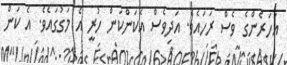
އަހަރެންގެ ވެސް ރަހައެވެ. އަދިވެސް އެކަންކަން ހުރީ އެ މަގުގައެވެ. އެ ކަން